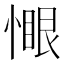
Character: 𫺻